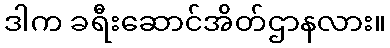
ဒါက ခရီးဆောင်အိတ်ဌာနလား။